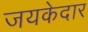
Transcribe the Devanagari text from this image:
जयकेदार